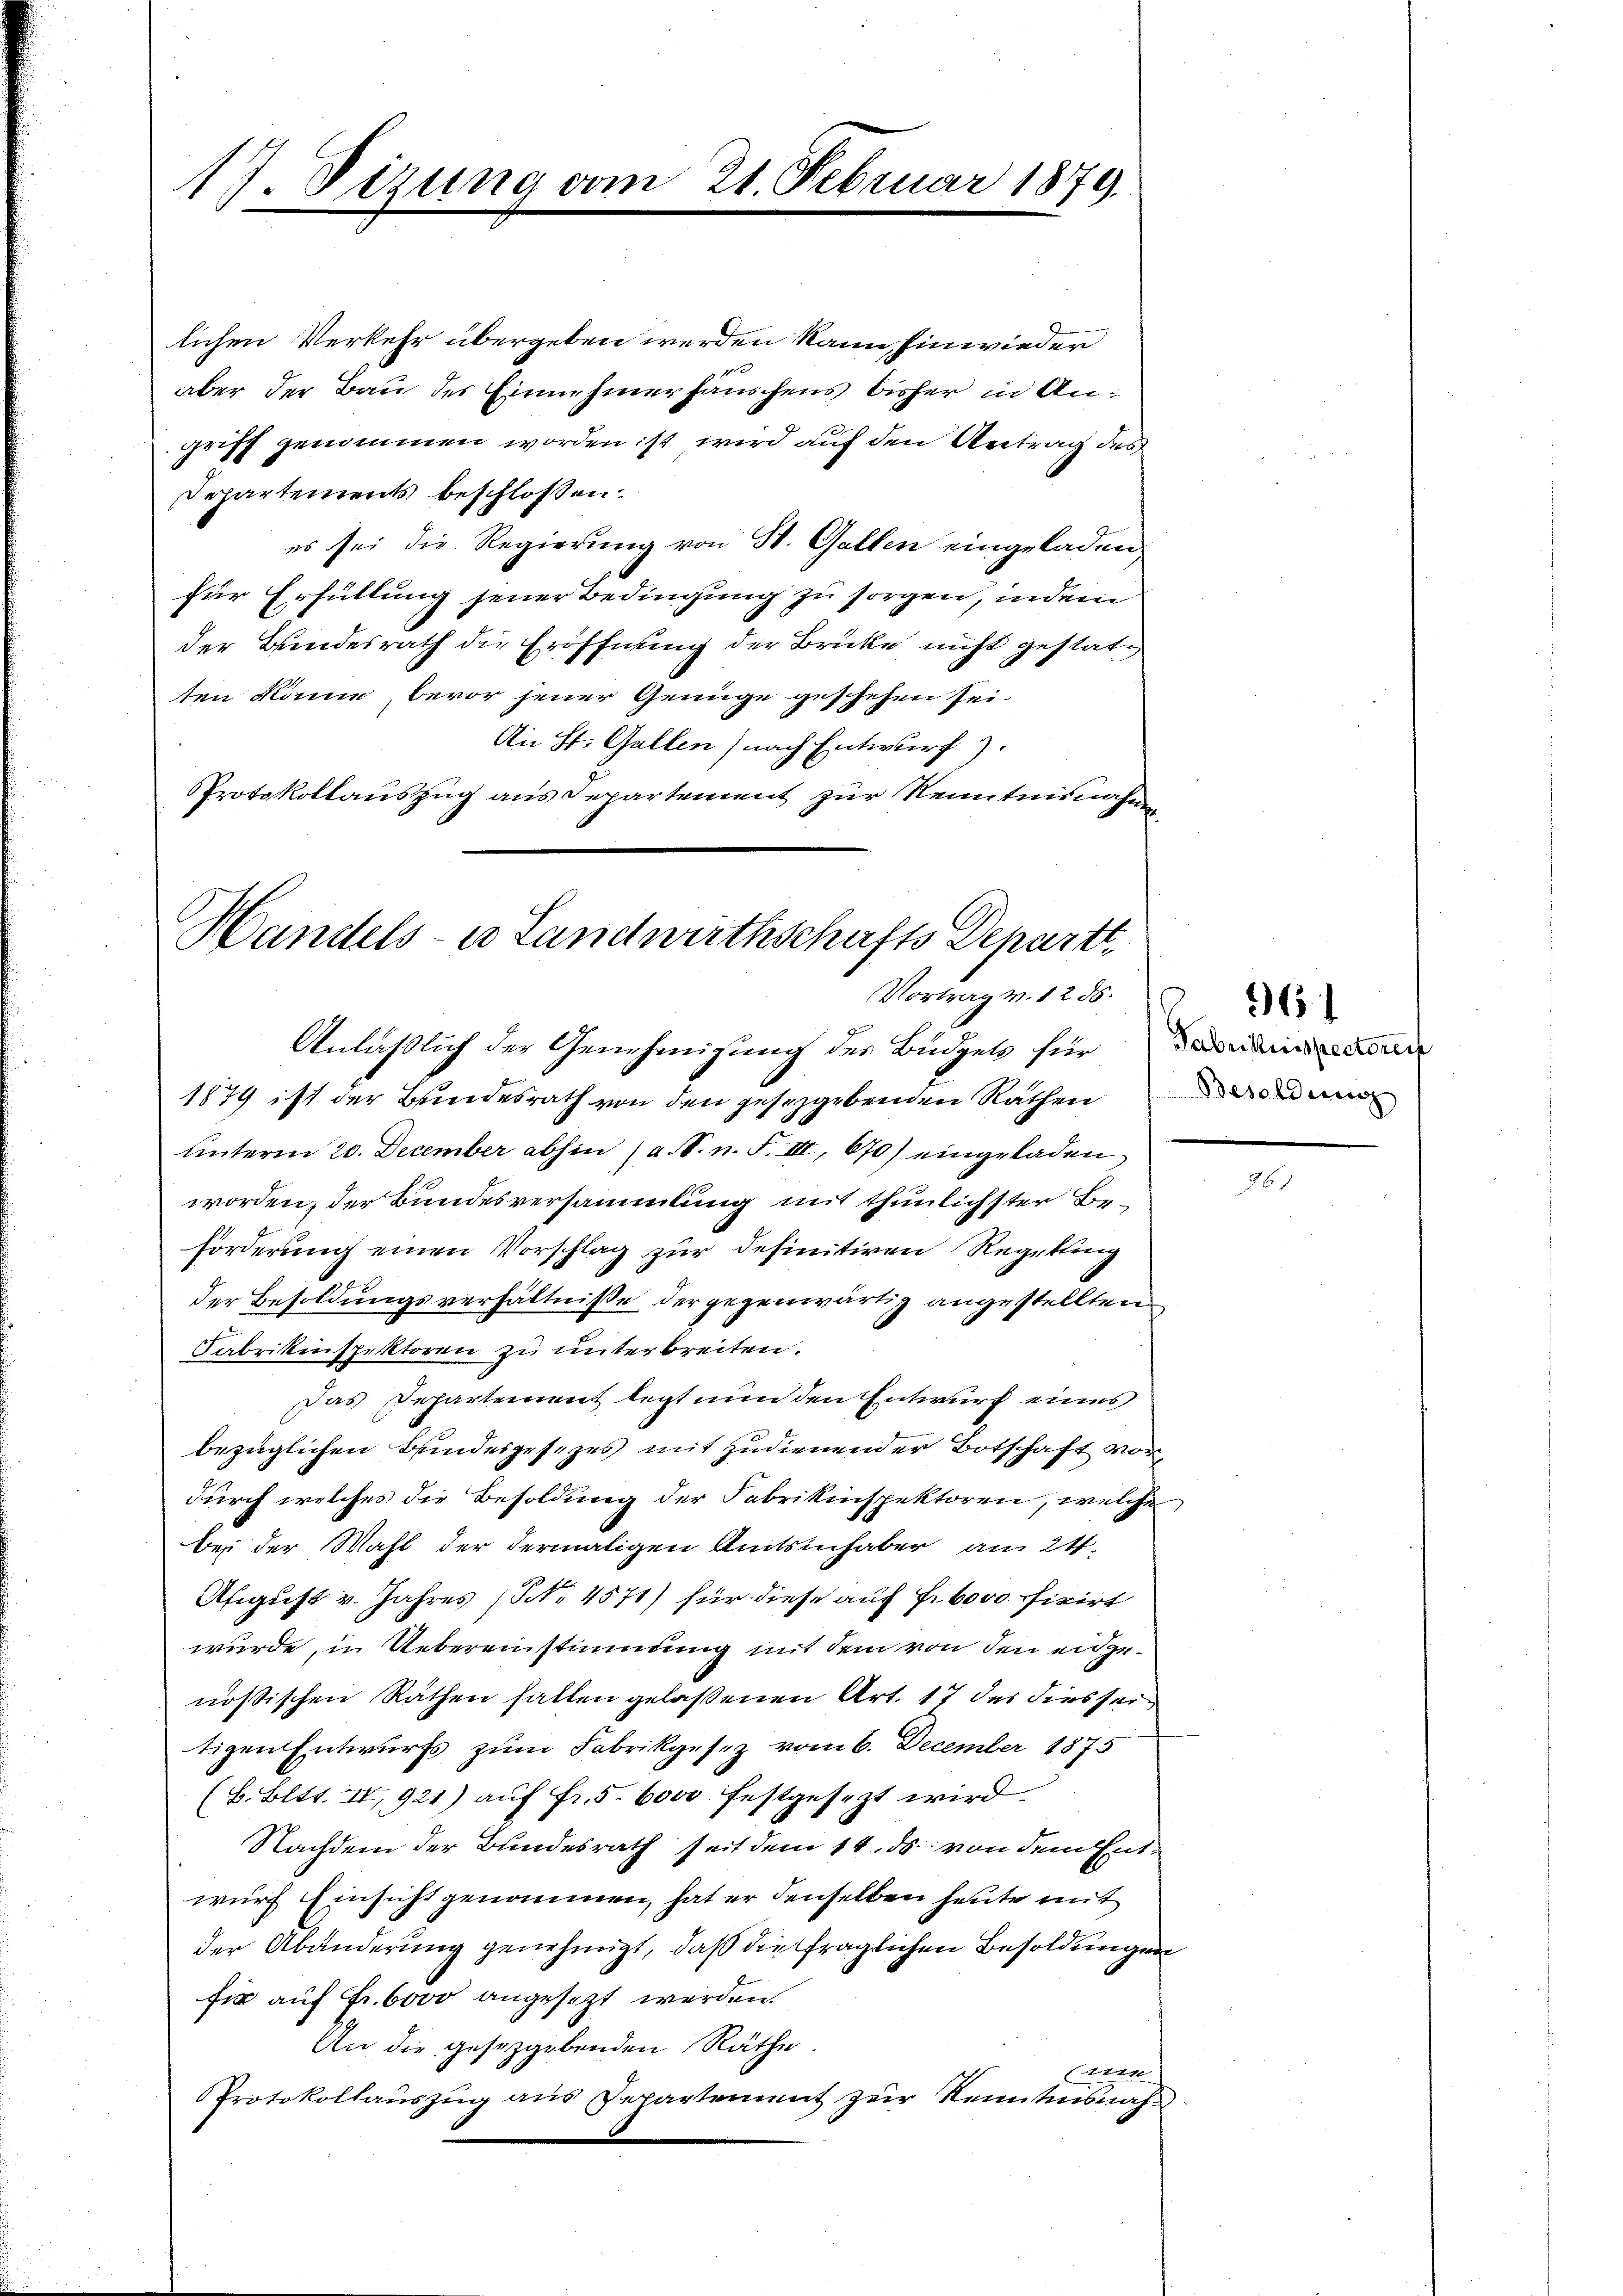
lichen Verkehr übergeben werden kann, hinwieder
aber der Bau des Einnehmer häuschens bisher in Angriff genommen worden ist wird auf den Antrag des
Departements beschlossen:
es sei die Regierung von St. Gallen eingeladen,
für Erfüllung jener Bedingung zu sorgen, indem
der Bundesrath die Eröffnung der Brücke nicht gestatten könne bevor jener Genüge geschehen sei.
An St. Gallen) nach Entwurf.
PProtokollauszug aus Departement zur Kenntnisnahm

17. Sizung vom 21. Februar 1879.

Handels- u Landwirthschafts Depart
Vortrag v. 1256.

Anläßlich der Genehmigung des Büdgets für
1879 ist der Bundesrath von den gesegebenden Rathendenden
unterm 20. December abhin (a. S. n. F. III 670) eingeladen
worden, der Bundesversammlung mit thunlichster Beforderung einen Vorschlag zur definitiven Regelung
der Besoldungsverhältnisse der gegenwärtig angestellten
Fabrikinspektoren zu unterbreiten.
Das Departement legt nun den Entwurf eines
bezüglichen Bundesgesezes mit zudienender Botschaft vordurch welches die Besoldung der Fabrikinspektoren, welche
bei der Wahl der dermaligen Amtsinhaber am 24.
Afigust v. Jahres (S. 4571) für diese auf Fr. 6000 fixirt
wurde, in Uebereinstimmung mit dem von den eidgenössischen Räthen fallen gelassenen Art. 17 der dies sei
tigen Entwurfs zum Fabrikgesez vom 6. December 1875.
(B. Bett. IV, 921) auf Fr. 5. 6000. festgesezt wird
Nachdem der Bundesrath seit dem 14. ds. von dem Entwurf Einsicht genommen, hat er denselben heute mit
der Abänderung genehmigt, daß die fraglichen Besoldungen
fir auf Fr. 6000 angesetzt werden.
An die gesetzgebenden Räthe
Etten
Protokollauszug aus Departement zur Kenntnisnah¬

Fabrikinspectorei

26